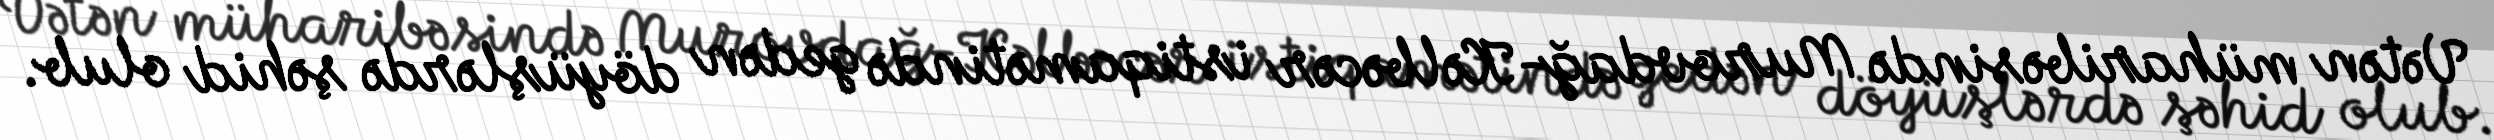
Vətən müharibəsində Murovdağ-Kəlbəcər istiqamətində gedən döyüşlərdə şəhid olub.